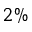
2 \%